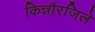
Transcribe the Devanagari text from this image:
किन्नौरजिले